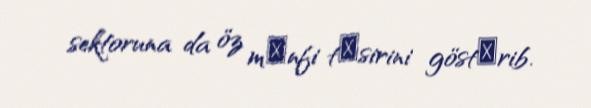
sektoruna da öz mәnfi tәsirini göstәrib.